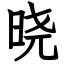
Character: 晓